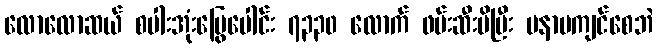
လောလောဆယ် စပါးအုံးမြွေပေါင်း ၇၃၃၀ လောက် ဖမ်းဆီးမိပြီး မနာမကျင်စေဘဲ